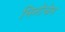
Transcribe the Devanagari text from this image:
मिनोचेम